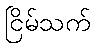
ငြိမ်သက်